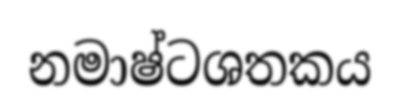
නමාෂ්ටශතකය